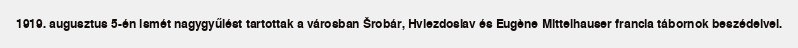
1919. augusztus 5-én ismét nagygyűlést tartottak a városban Šrobár, Hviezdoslav és Eugène Mittelhauser francia tábornok beszédeivel.